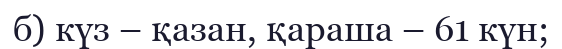
б) күз – қазан, қараша – 61 күн;